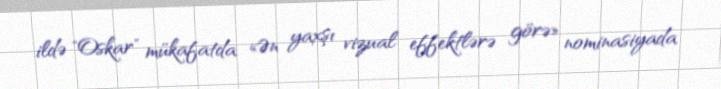
ildə "Oskar" mükafatda «Ən yaxşı vizual effektlərə görə» nominasiyada